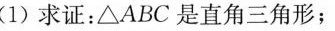
(1)求证：△ABC是直角三角形；